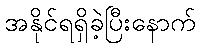
အနိုင်ရရှိခဲ့ပြီးနောက်